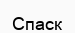
Спаск